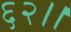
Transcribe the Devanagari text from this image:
६२।।